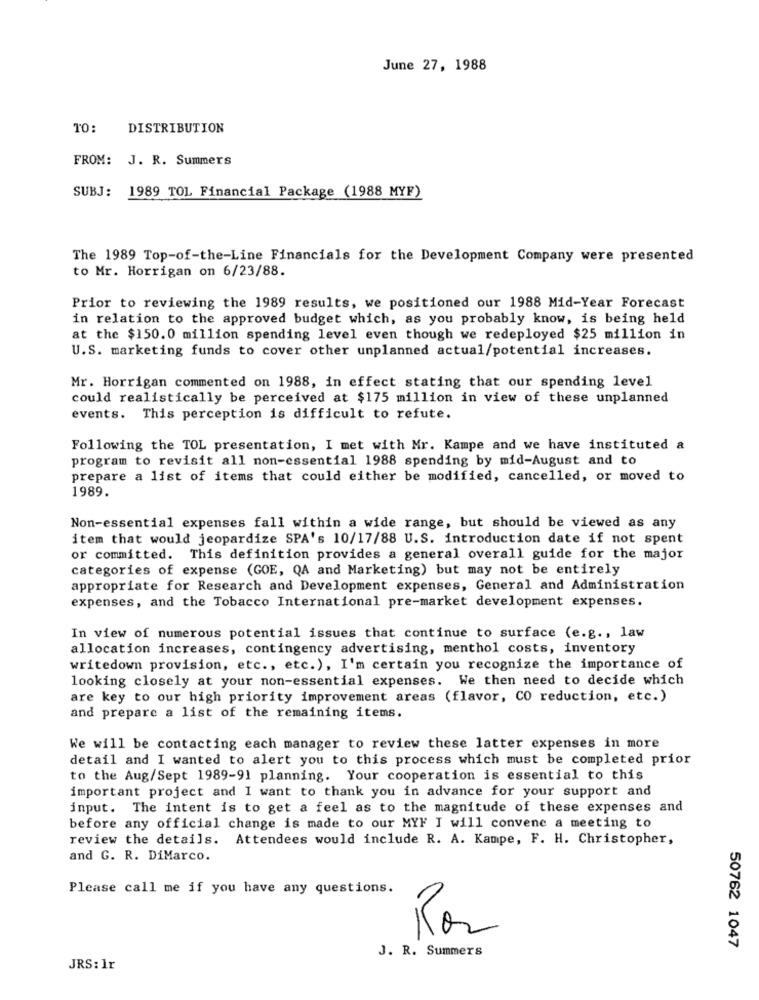
June 27, 1988
TO:
DISTRIBUTION
FROM: J. R. Summers
SUBJ: 1989 TOL Financial Package (1988 MYF)
The 1989 Top-of-the-Line Financials for the Development Company were presented
to Mr. Horrigan on 6/23/88.
Prior to reviewing the 1989 results, we positioned our 1988 Mid-Year Forecast
in relation to the approved budget which, as you probably know, is being held
at the $150. 0 million spending level even though we redeployed $25 million in
U.S. marketing funds to cover other unplanned actual/potential increases.
Mr. Horrigan commented on 1988, in effect stating that our spending level
could realistically be perceived at $175 million in view of these unplanned
events. This perception is difficult to refute.
Following the TOL presentation, I met with Mr. Kampe and we have instituted a
program to revisit all non-essential 1988 spending by mid-August and to
prepare a list of items that could either be modified, cancelled, or moved to
1989.
Non-essential expenses fall within a wide range, but should be viewed as any
item that would jeopardize SPA's 10/17/88 U.S. introduction date if not spent
or committed. This definition provides a general overall guide for the major
categories of expense (GOE, QA and Marketing) but may not be entirely
appropriate for Research and Development expenses, General and Administration
expenses, and the Tobacco International pre-market development expenses.
In view of numerous potential issues that continue to surface (e.g ., law
allocation increases, contingency advertising, menthol costs, inventory
writedown provision, etc ., etc.), I'm certain you recognize the importance of
looking closely at your non-essential expenses. We then need to decide which
are key to our high priority improvement areas (flavor, CO reduction, etc.)
and prepare a list of the remaining items.
We will be contacting each manager to review these latter expenses in more
detail and I wanted to alert you to this process which must be completed prior
to the Aug/Sept 1989-91 planning. Your cooperation is essential to this
important project and I want to thank you in advance for your support and
input. The intent is to get a feel as to the magnitude of these expenses and
before any official change is made to our MYF I will convene a meeting to
review the details. Attendees would include R. A. Kampe, F. H. Christopher,
and G. R. DiMarco.
Please call me if you have any questions.
1
J. R. Summers
50762 1047
JRS: 1r